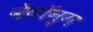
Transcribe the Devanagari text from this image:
बेटॉन्ग